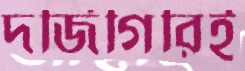
দর্জিগিরিই